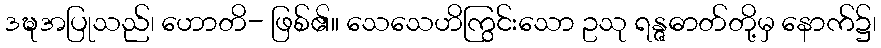
ဒဍ္ဎအပြုသည်၊ ဟောတိ- ဖြစ်၏။ သေသေဟိကြွင်းသော ဥသု ရန္ဇဓာတ်တို့မှ နောက်၌၊